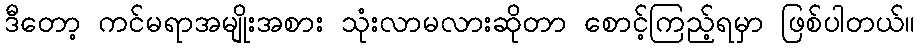
ဒီတော့ ကင်မရာအမျိုးအစား သုံးလာမလားဆိုတာ စောင့်ကြည့်ရမှာ ဖြစ်ပါတယ်။